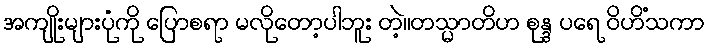
အကျိုးများပုံကို ပြောစရာ မလိုတော့ပါဘူး တဲ့။တသ္မာတိဟ စုန္ဒ ပရေ ဝိဟိံသကာ